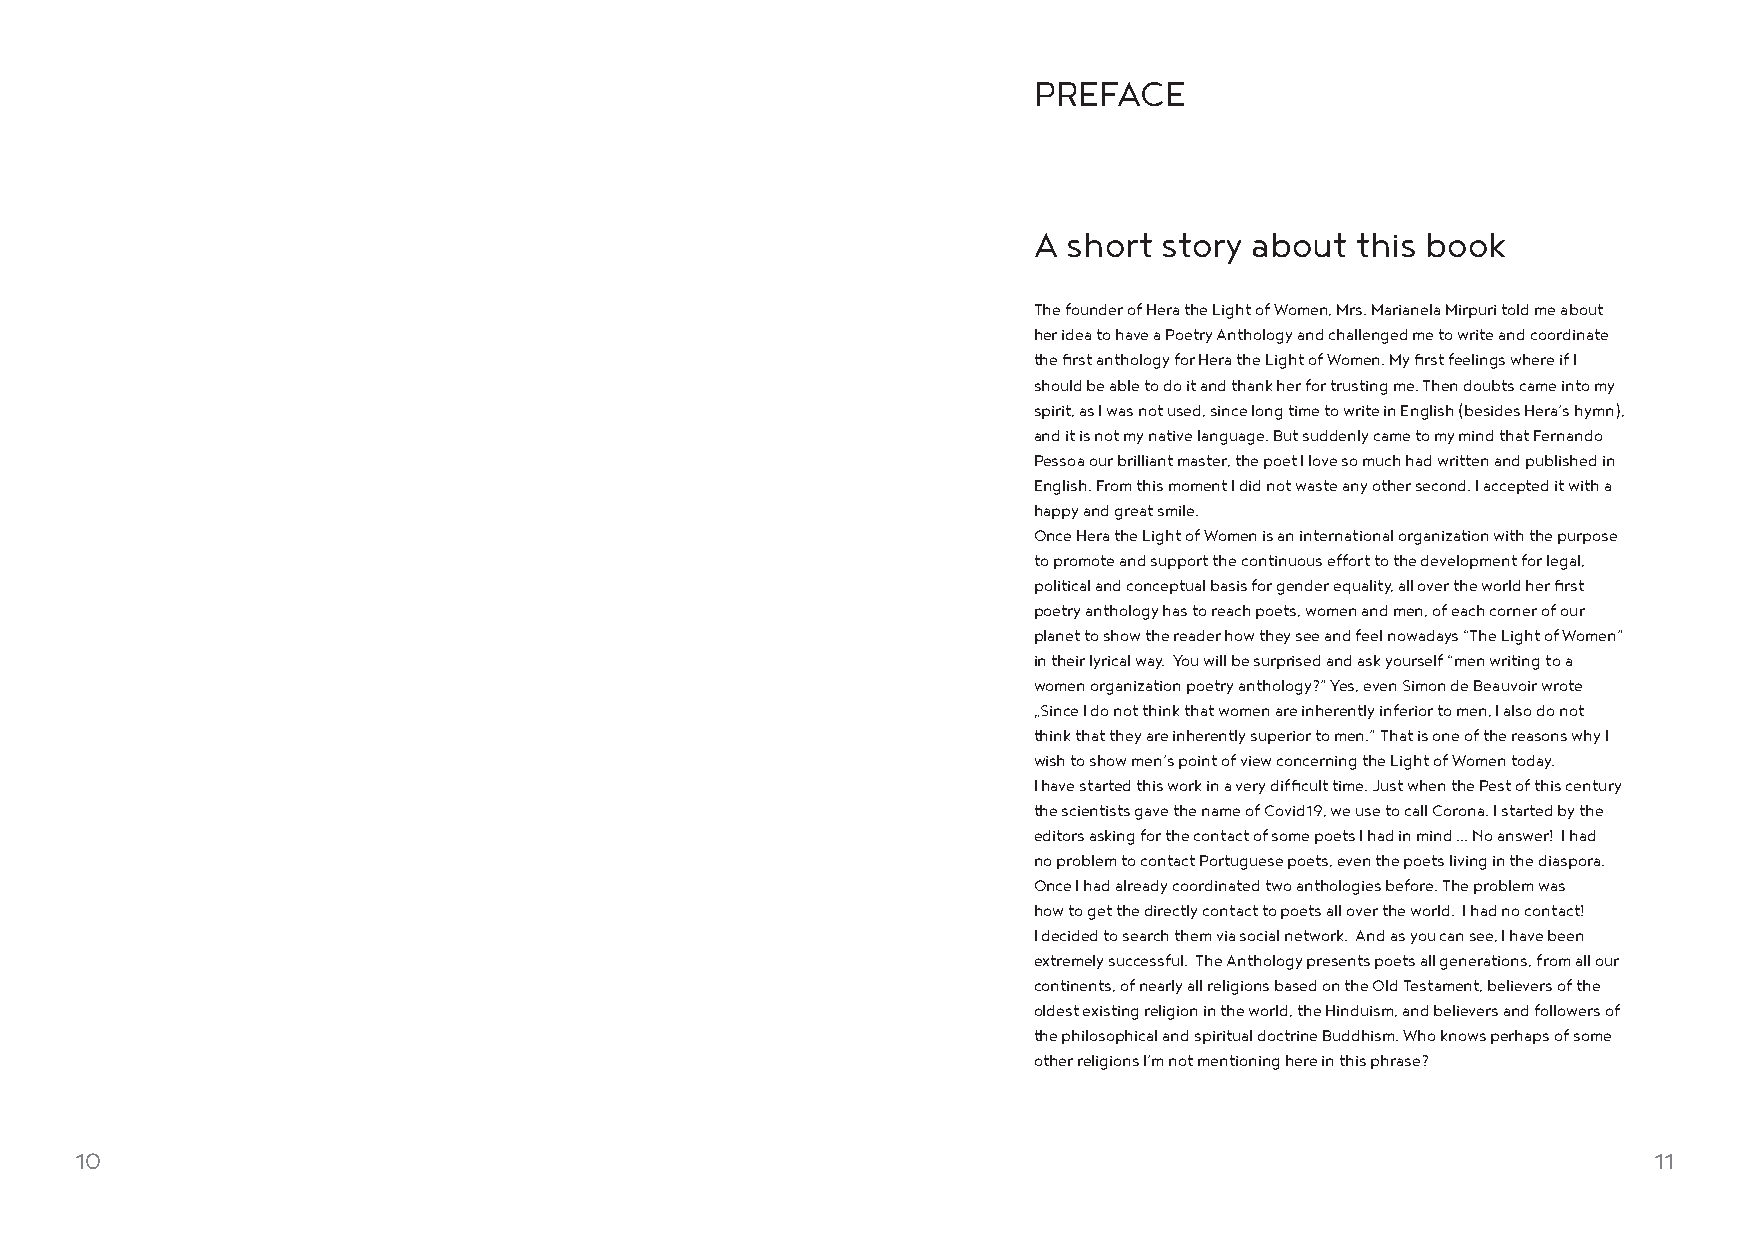
PREFACE
 A  short story about  this book
 The founder of Hera the Light of Women, Mrs. Marianela Mirpuri told me about
 her idea to have a Poetry Anthology and challenged me to write and coordinate
 the first anthology for Hera the Light of Women. My first feelings where if I
 should be able to do it and thank her for trusting me. Then doubts came into my
 spirit, as I was not used, since long time to write in English (besides Hera’s hymn),
 and it is not my native language. But suddenly came to my mind that Fernando
 Pessoa our brilliant master, the poet I love so much had written and published in
 English. From this moment I did not waste any other second. I accepted it with a
 happy and great smile.
 Once Hera the Light of Women is an international organization with the purpose
 to promote and support the continuous effort to the development for legal,
 political and conceptual basis for gender equality, all over the world her first
 poetry anthology has to reach poets, women and men, of each corner of our
 planet to show the reader how they see and feel nowadays “The Light of Women”
 in their lyrical way. You will be surprised and ask yourself “men writing to a
 women organization poetry anthology?” Yes, even Simon de Beauvoir wrote
 „Since I do not think that women are inherently inferior to men, I also do not
 think that they are inherently superior to men.” That is one of the reasons why I
 wish to show men’s point of view concerning the Light of Women today.
 I have started this work in a very difficult time. Just when the Pest of this century
 the scientists gave the name of Covid19, we use to call Corona. I started by the
 editors asking for the contact of some poets I had in mind … No answer! I had
 no problem to contact Portuguese poets, even the poets living in the diaspora.
 Once I had already coordinated two anthologies before. The problem was
 how to get the directly contact to poets all over the world. I had no contact!
 I decided to search them via social network. And as you can see, I have been
 extremely successful. The Anthology presents poets all generations, from all our
 continents, of nearly all religions based on the Old Testament, believers of the
 oldest existing religion in the world, the Hinduism, and believers and followers of
 the philosophical and spiritual doctrine Buddhism. Who knows perhaps of some
 other religions I’m not mentioning here in this phrase?
 10                                                                                                      11